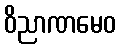
ဝိညာဏမေဝ